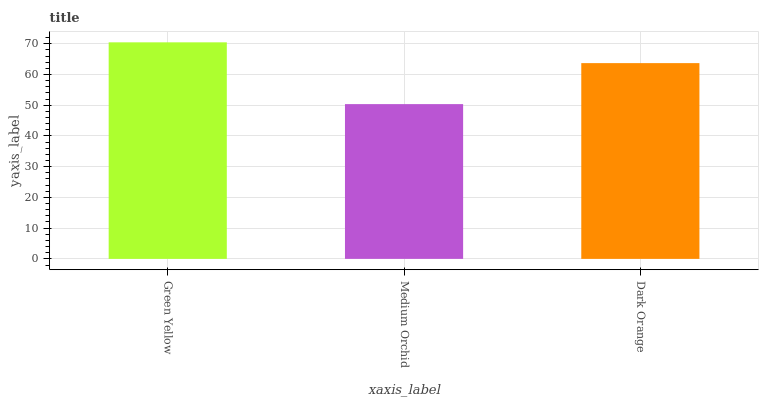
| xaxis_label | bars |
 | --- | --- |
 | Green Yellow | 70.5 |
 | Medium Orchid | 50.4 |
 | Dark Orange | 63.7 |